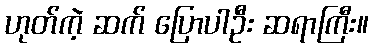
ဟုတ်ကဲ့ ဆက် ပြောပါဦး ဆရာကြီး။